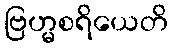
ဗြဟ္မစရိယေတိ